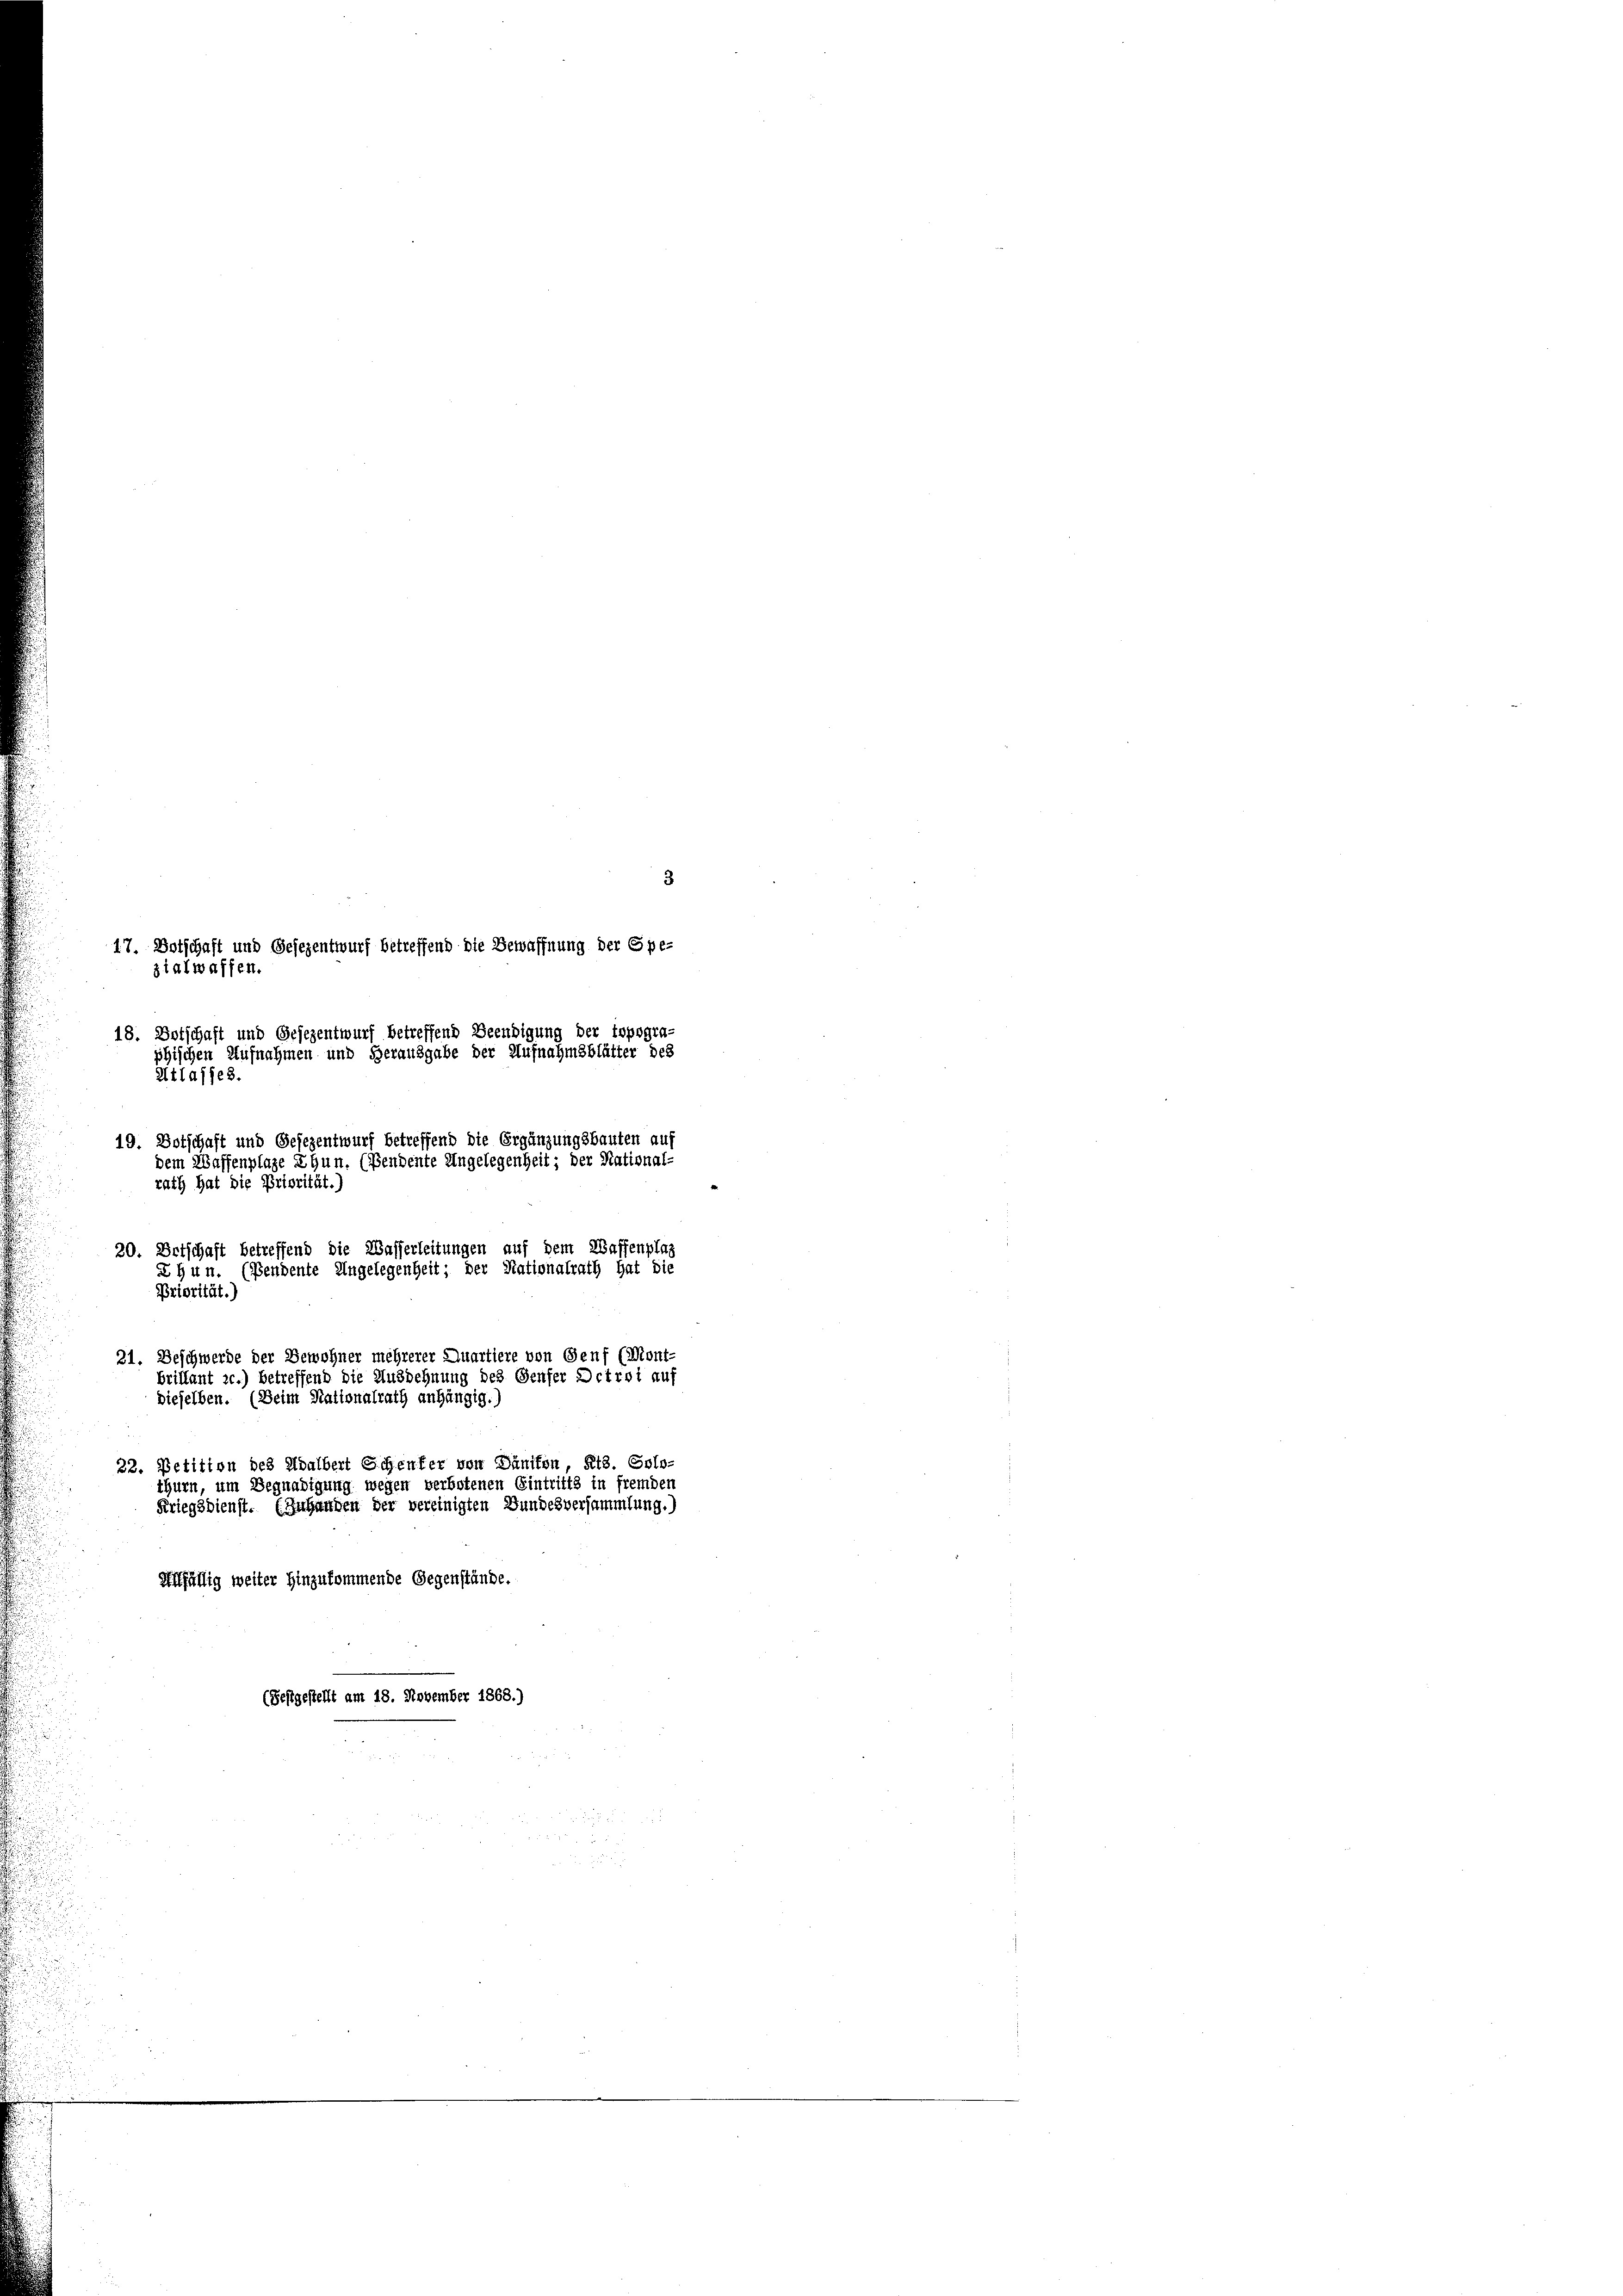
3
17. Botschaft und Gesezentwurf betreffend die Bewaffnung der Spe-
zialwaffen.
18. Botschaft und Gesezentwurf betreffend Beendigung der topogra-
phischen Aufnahmen und Herausgabe der Aufnahmsblätter des
Atlasses.
19. Botschaft und Gesezentwurf betreffend die Ergänzungsbauten auf
dem Waffenplage Ehun. (Pendente Angelegenheit; der National-
rath hat die Priorität.)
20. Ortschaft betreffend die Wasserleitungen auf dem Waffenplaz
X hun. (Pendente Angelegenheit; der Nationalrath hat die
Priorität.)
21. Deschwerde der Bewohner mehrerer Quartiere von Genf (Mont-
brillant 20.) betreffend die Ausdehnung des Genfer Octroi auf
dieselben. (Beim Nationalrath anhängig.)
22. Petition des Adalbert Schenfer von Dänifon, Kt. Solo-
thurn, um Begnadigung wegen verbotenen Eintritts in fremden
Kriegsdienst. (Zuhanden der vereinigten Bundesversammlung.)
Allfällig weiter Hinzukommende Gegenstände.
(Festgestellt am 18. November 1868.)